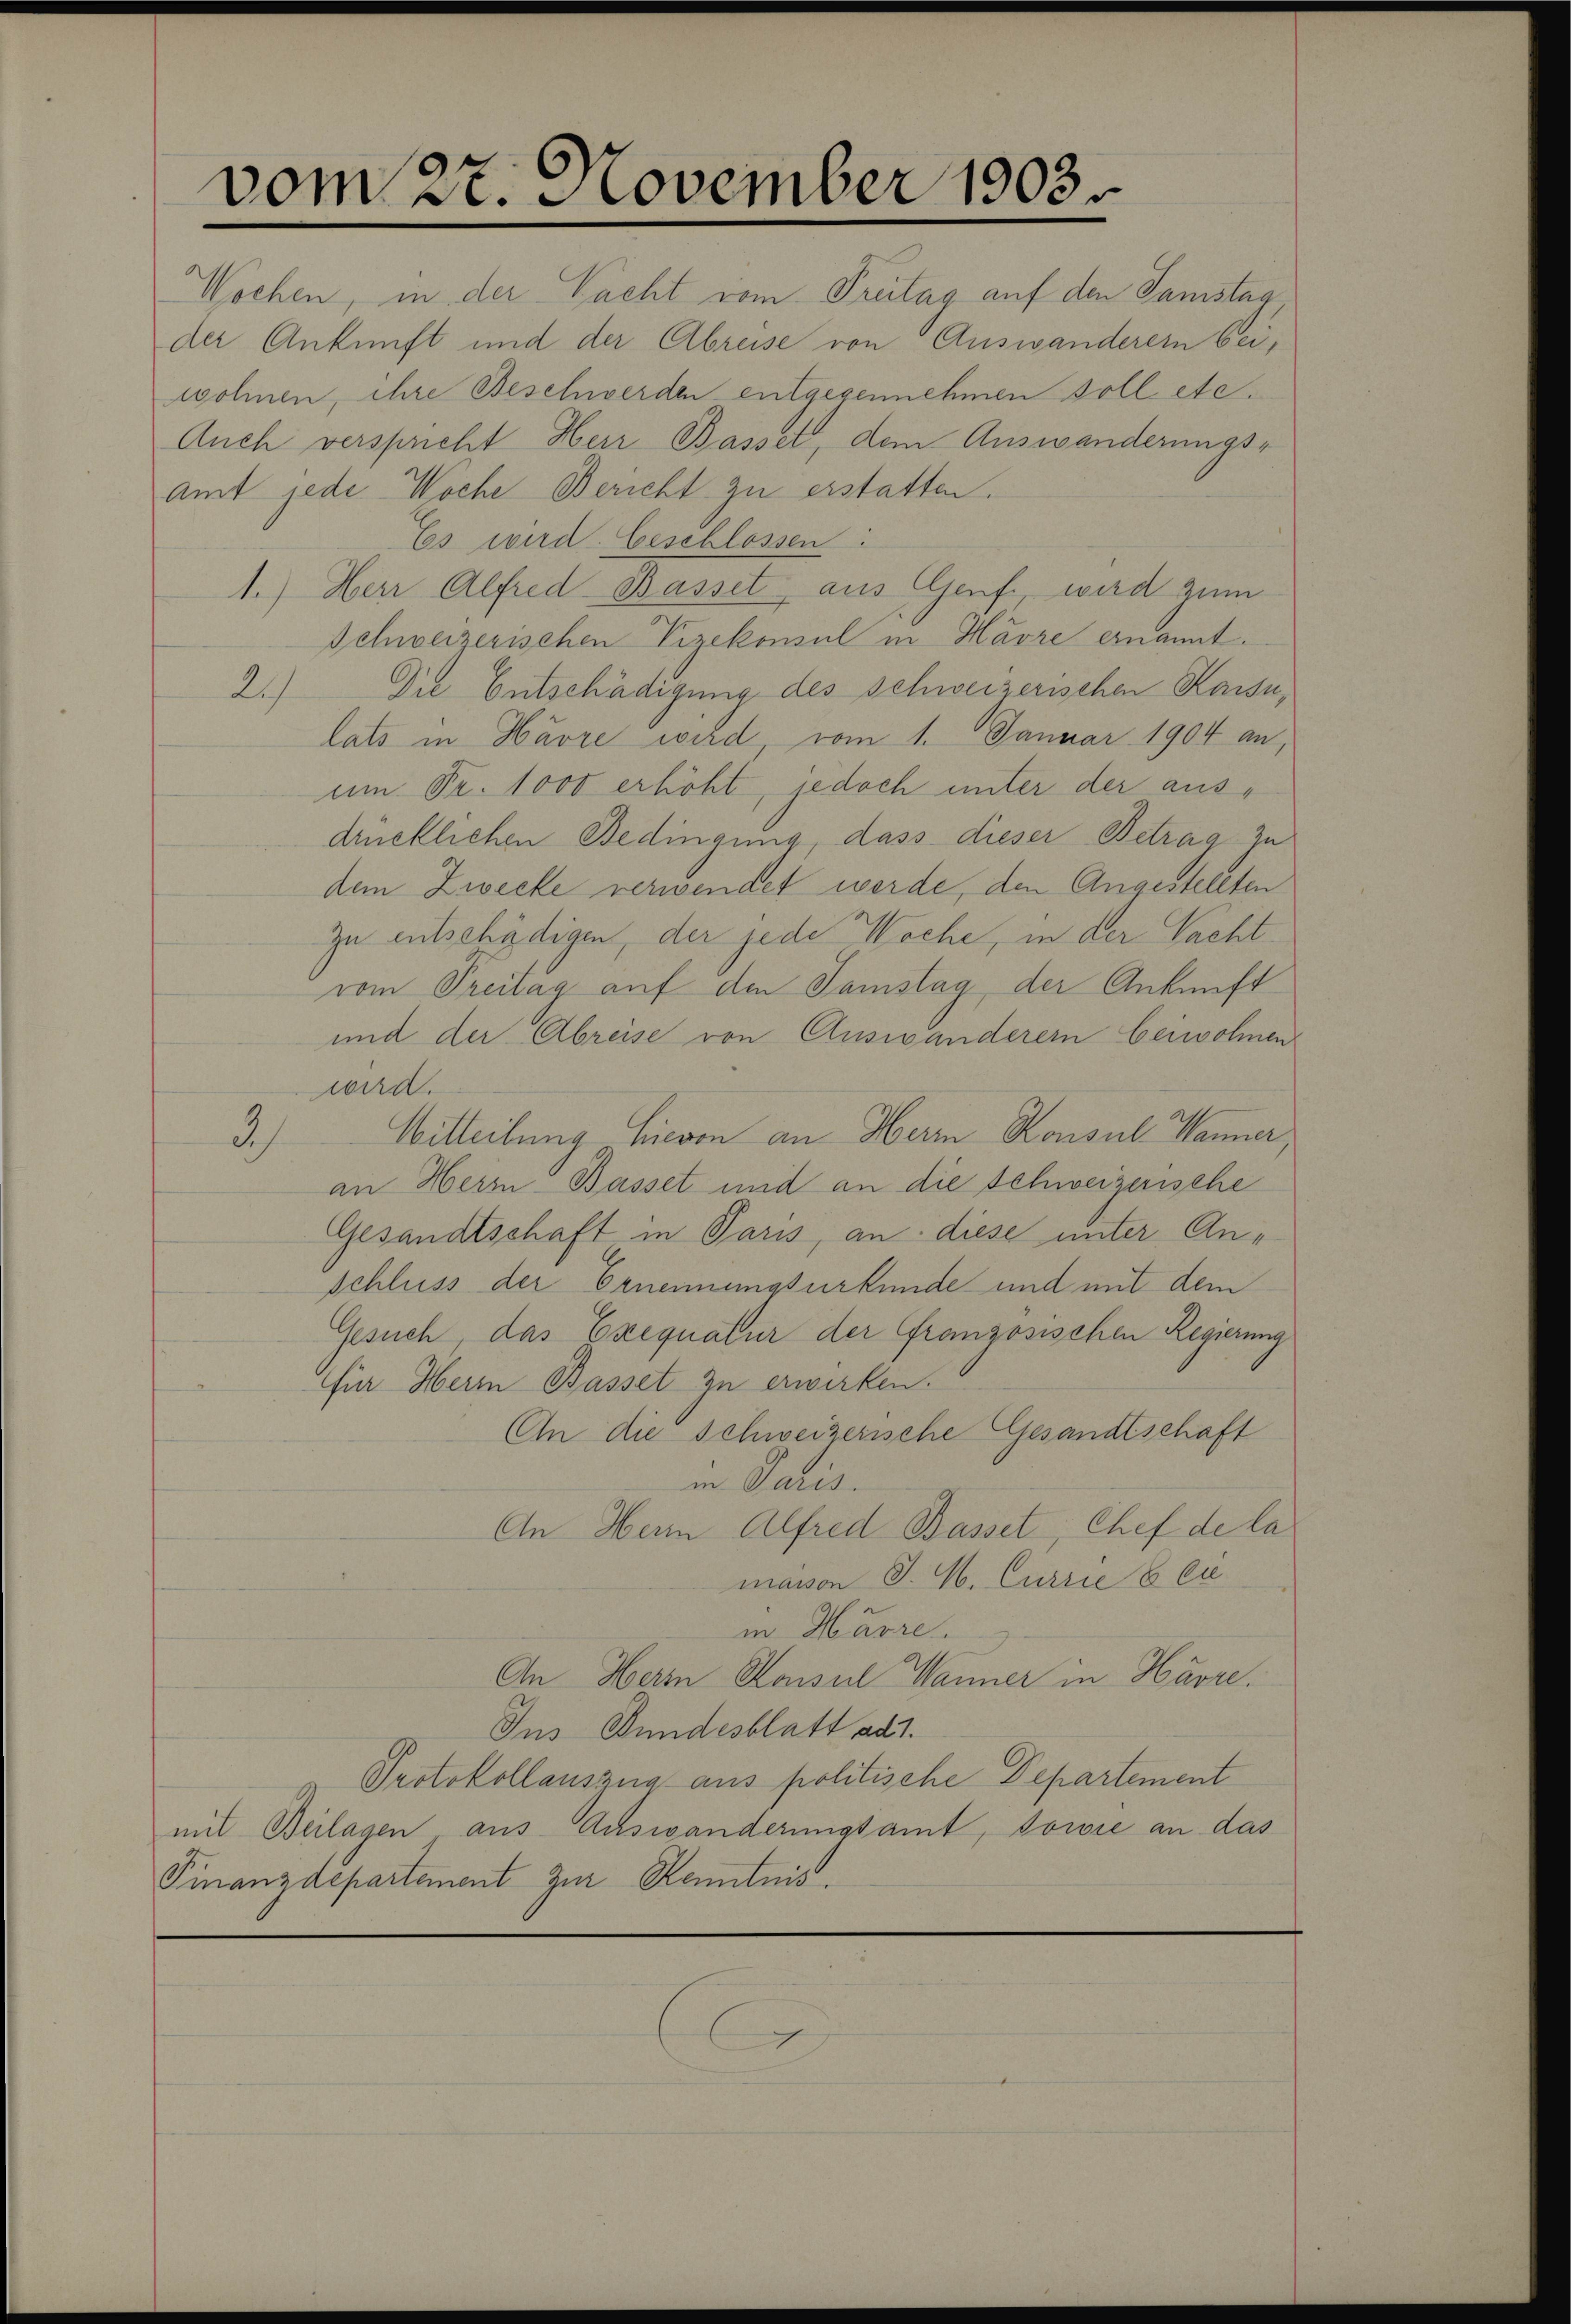
vom 27. November 1903

Wochen, in der Nacht vom Treitag auf den Samstaa
der Ankunft und der Abreise von Auswanderern bei,
wohnen, ihre Beschwerden entgegennehmen soll etc.
Auch verspricht Herr Basset, dem Auswanderungs-
amt jede Woche Bericht zu erstatten.
Es wird. Geschlossen:
1.) Herr Alfred Basset aus Genf, wird zum
Schweizerischen Vizekonsul in Havre ernannt.
2.) Die Entschädigung des schweizerischen Kaise,
lats in Havre wird vom 1. Januar 1904 an,
um Fr. 1000 erhöht, jedoch unter der ausdrücklichen Bedingung, dass dieser Betrag zu
dem Zwecke verwendet werde, den Angestellten
zu entschädigen, der jede Woche, in der Pachtvom Preitag auf den Samstag der Ankunft
und der Abreise von Auswanderern beiwohnen
wird.
Witteilung hievon an Herrn Konsul Manner,
3)
an Herrn Basset und an die Schweizerische
Gesandtschaft in Paris, an diese unter Anschluss der Ernennungsurkunde und mit dem
Gesuch, das Exequatur der Französischen Regierung
für Heim Basset zu erwirken.
An die Schweizerische Gesandtschaft
in Paris.
An Herrn Alfred Basset, Chef de la
mavon J. M. Currie 8 Ei
in Harre.
An Herrn Konsul Wanner in Havre.
Ins Bundesblatt ad 1.
Protokollauszug aus politische Departement
mit Beilagen aus Auswanderungsamt, sowie an das
Finanzdepartement zur Kenntnis.

E